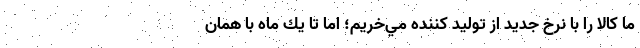
ما كالا را با نرخ جديد از توليد كننده مي‌خريم؛ اما تا يك ماه با همان